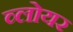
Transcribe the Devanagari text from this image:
व्लोयर